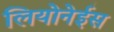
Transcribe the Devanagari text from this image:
लियोनेईस